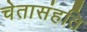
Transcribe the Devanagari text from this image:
चेतासंहति